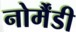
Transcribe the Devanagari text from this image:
नोर्मैंडी